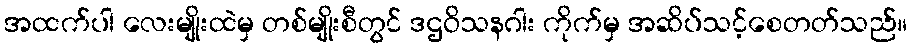
အထက်ပါ လေးမျိုးထဲမှ တစ်မျိုးစီတွင် ဒဌဝိသနဂါး ကိုက်မှ အဆိပ်သင့်စေတတ်သည်။